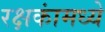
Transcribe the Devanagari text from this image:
रक्षकांमध्ये